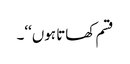
قسم کھاتا ہوں‘‘۔